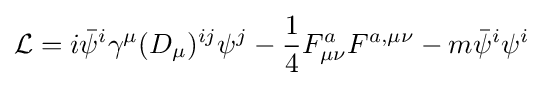
{\mathcal {L}}=i{\bar {\psi }}^{i}\gamma ^{\mu }(D_{\mu })^{ij}\psi ^{j}-{\frac {1}{4}}F_{\mu \nu }^{a}F^{a,\mu \nu }-m{\bar {\psi }}^{i}\psi ^{i}